Annual report on the working of the lock hospitals in the North-Western Provinces and Oudh
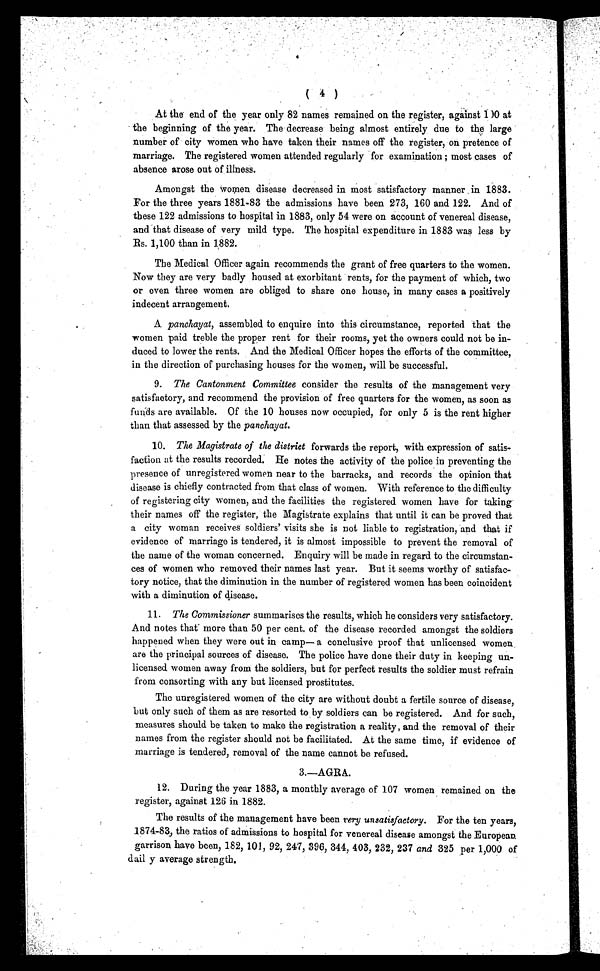
( 4 )
At the end of the year only 82 names remained on the register, against 100 at
the beginning of the year. The decrease being almost entirely due to the large
number of city women who have taken their names off the register, on pretence of
marriage. The registered women attended regularly for examination; most cases of
absence arose out of illness.
Amongst the women disease decreased in most satisfactory manner in 1883.
For the three years 1881-83 the admissions have been 273, 160 and 122. And of
these 122 admissions to hospital in 1883, only 54 were on account of venereal disease,
and t hat di sease of very mi l d t ype. The hospi t al expendi t ure i n 1883 was l ess by
Rs. 1,100 than in 1882.
The Medical Officer again recommends the grant of free quarters to the women.
Now they are very badly housed at exorbitant rents, for the payment of which, two
or even three women are obliged to share one house, in many cases a positively
indecent arrangement.
A panchayat, assembled to enquire into this circumstance, reported that the
women paid treble the proper rent for their rooms, yet the owners could not be in-
duced to lower the rents. And the Medical Officer hopes the efforts of the committee,
in the direction of purchasing houses for the women, will be successful.
9. The Cantonment Committee consider the results of the management very
satisfactory, and recommend the provision of free quarters for the women, as soon as
f u n d s a r e a v a i l a b l e . O f t h e 1 0 h o u s e s n o w o c c u p i e d , f o r o n l y 5 i s t h e r e n t h i g h e r
than that assessed by the panchayat.
10. The Magistrate of the district forwards the report, with expression of satis-
faction at the results recorded. He notes the activity of the police in preventing the
presence of unregistered women near to the barracks, and records the opinion that
disease is chiefly contracted from that class of women. With reference to the difficulty
of registering city women, and the facilities the registered women have for taking
their names off the register, the Magistrate explains that until it can be proved that
a city woman receives soldiers' visits she is not liable to registration, and that if
evidence of marriage is tendered, it is almost impossible to prevent the removal of
the name of the woman concerned. Enquiry will be made in regard to the circumstan-
ces of women who removed their names last year. But it seems worthy of satisfac-
tory notice, that the diminution in the number of registered women has been coincident
with a diminution of disease.
11. The Commissioner summarises the results, which he considers very satisfactory.
And notes that more than 50 per cent. of the di sease recorded amongst the sol di ers
happened when they were out in camp— a conclusive proof that unlicensed women
are the principal sources of disease. The police have done their duty in keeping un-
licensed women away from the soldiers, but for perfect results the soldier must refrain
from consorting with any but licensed prostitutes.
The unregistered women of the city are without doubt a fertile source of disease,
but only such of them as are resorted to by soldiers can be registered. And for such,
measures should be taken to make the registration a reality, and the removal of their
names from the register should not be facilitated. At the same time, if evidence of
marriage is tendered, removal of the name cannot be refused.
3.—AGRA.
12. During the year 1883, a monthly average of 107 women remained on the
register against 126 in 1882.
The results of the management have been very unsatisfactory. For the ten years,
1874-83, the ratios of admissions to hospital for venereal disease amongst the European
garrison have been, 182, 101, 92, 247, 396, 344, 403, 232, 237 and 325 per 1,000 of
daily average strength.